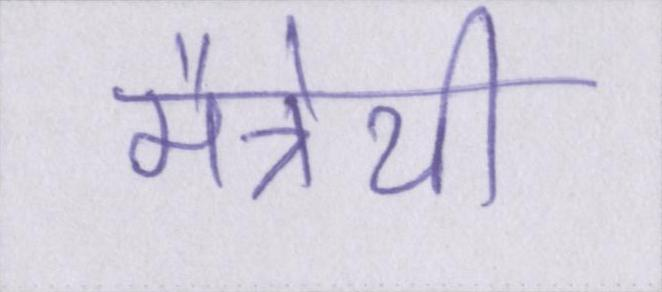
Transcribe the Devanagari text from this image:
मैत्रेयी